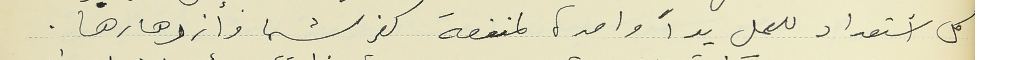
كل أستعداد للعمل يداً واحدة لمنفعة كفرشيما وأزدهارها.